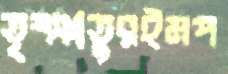
তৃষ্ঞাতুরইমপ